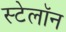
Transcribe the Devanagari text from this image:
स्टेलॉन